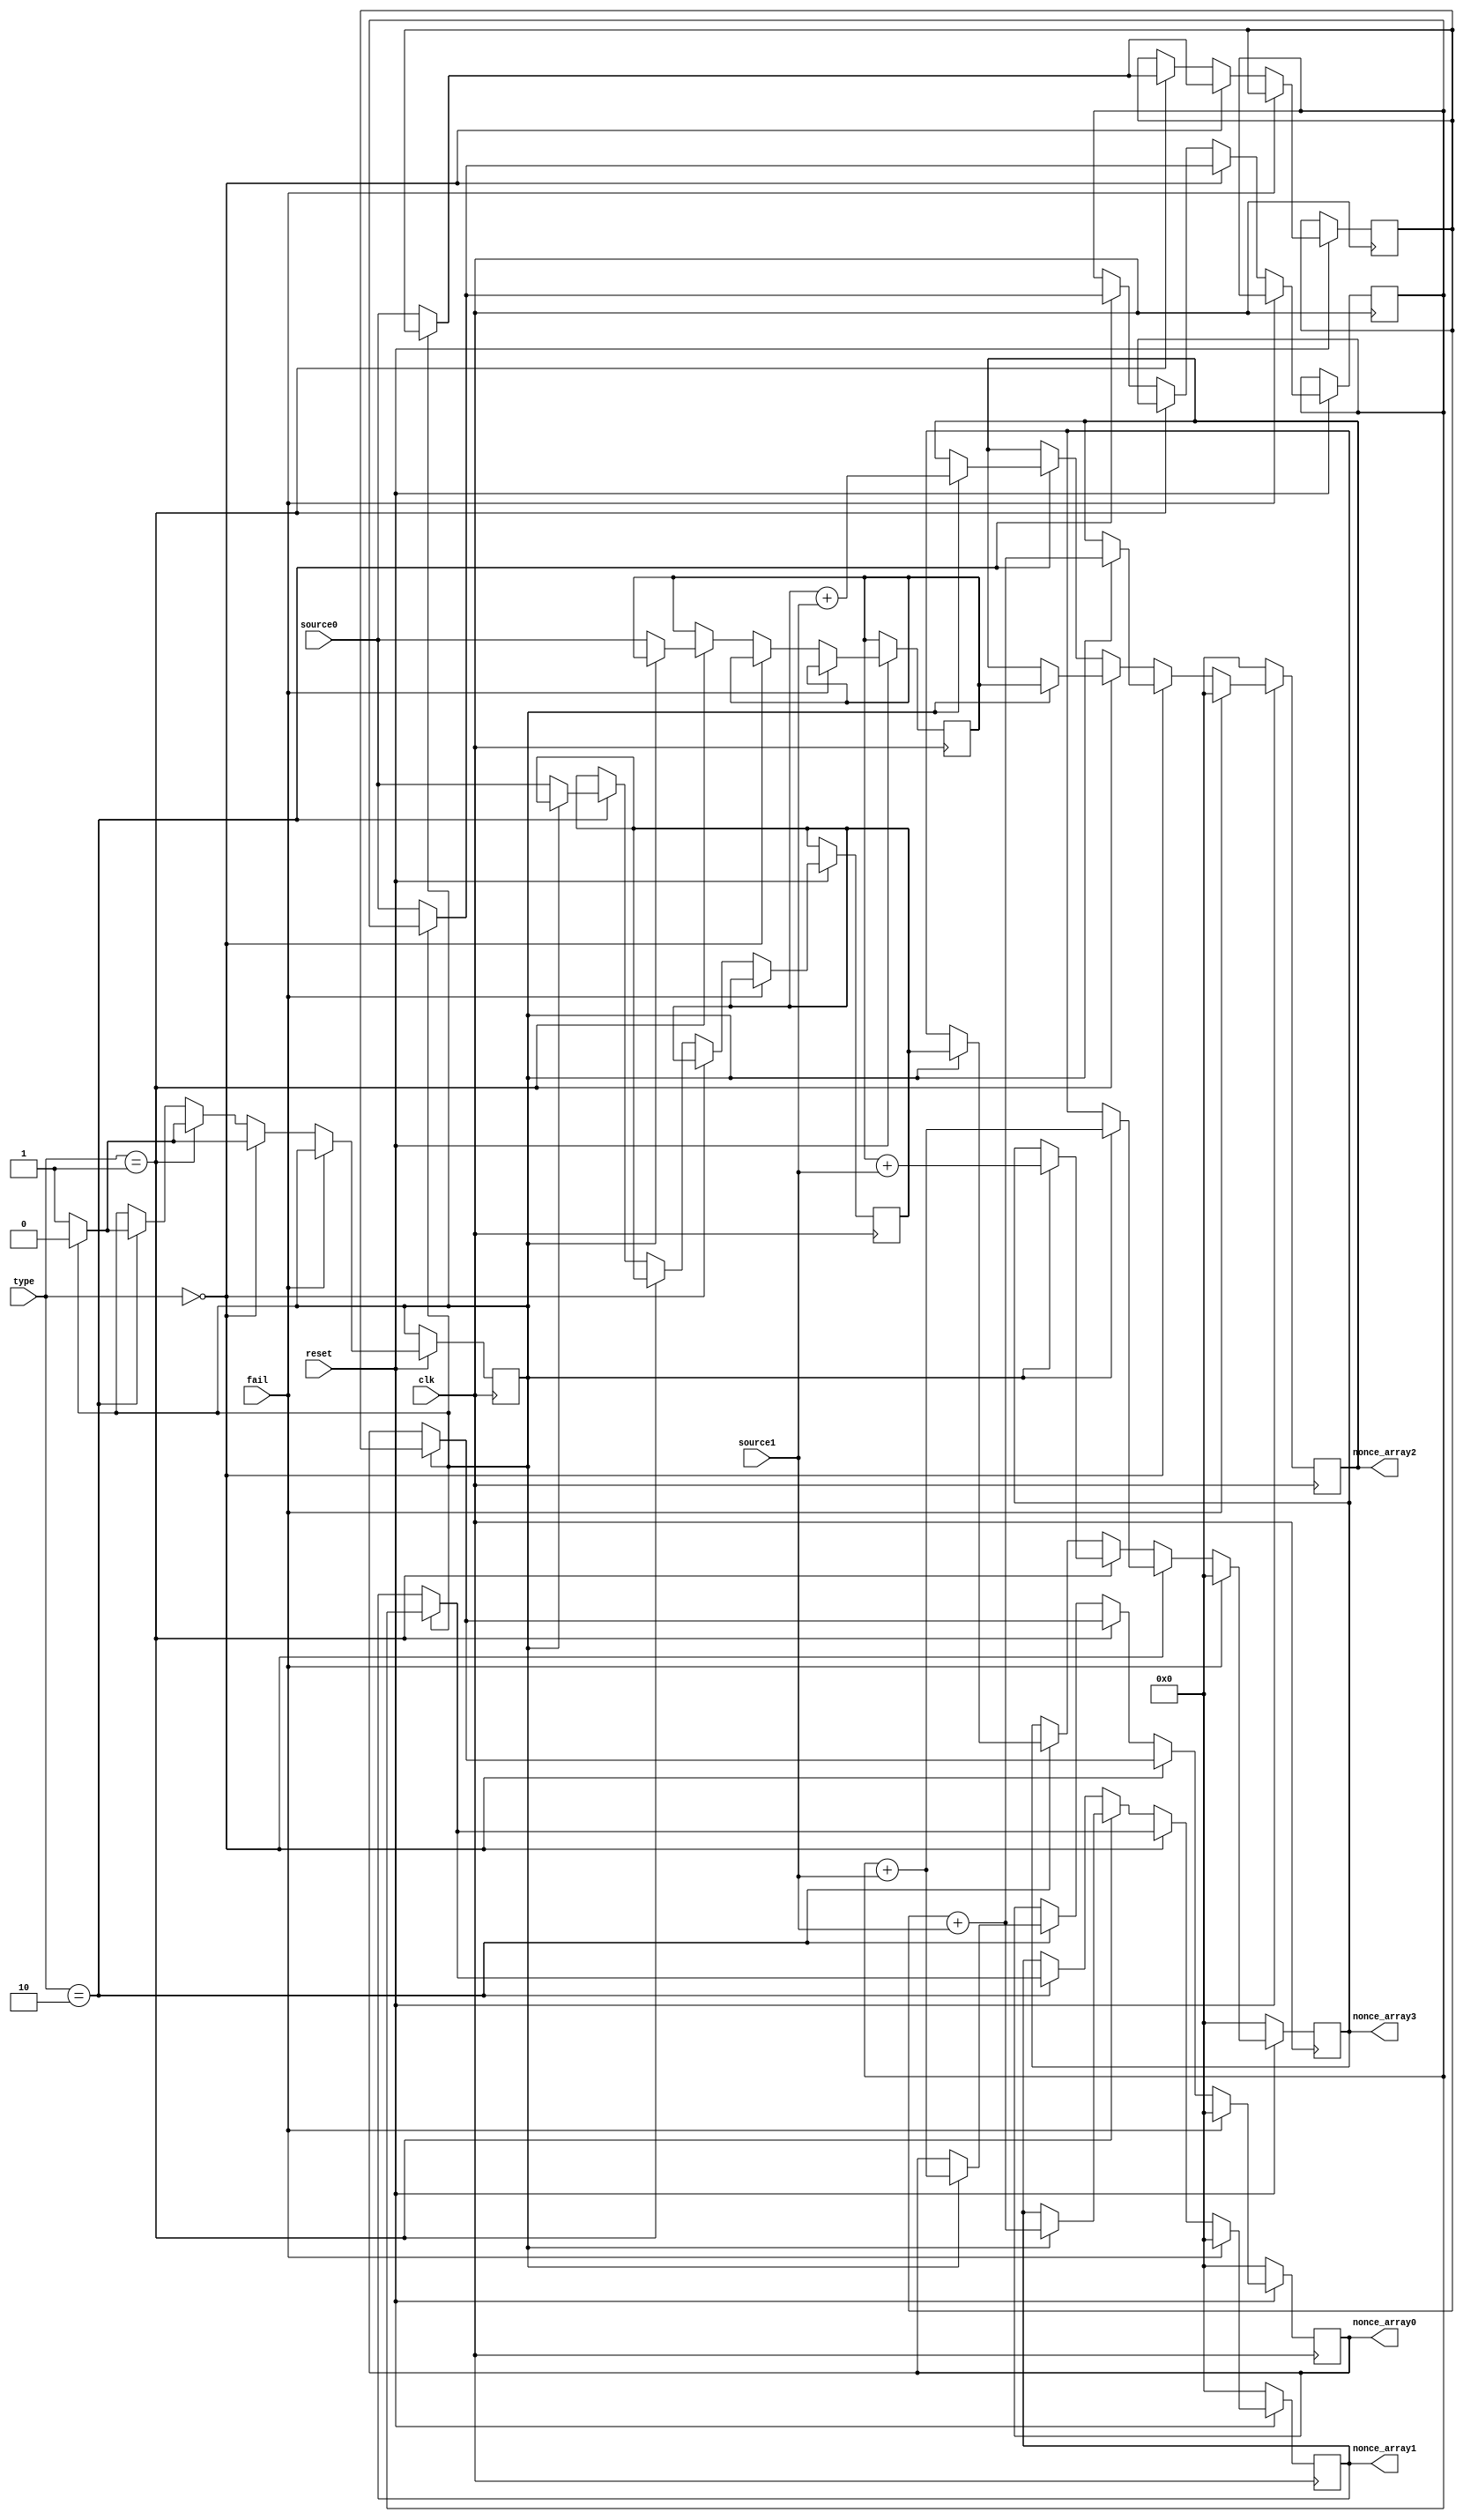

`ifndef nonce_gen
`define nonce_gen

module nonce_gen(
    input clk,
    input reset,
    input fail,

    input[7:0] source0,
    input[7:0] source1,
    input[1:0] type,

    output reg[7:0] nonce_array0,
    output reg[7:0] nonce_array1,
    output reg[7:0] nonce_array2,
    output reg[7:0] nonce_array3
);

    reg delay;
    reg[7:0] nonce_int_0, nonce_int_1, nonce_int_2, nonce_int_3;

    /* nonce results are only ready after two clocks */
    always @ (posedge clk) begin
        if(reset) begin
            if(~fail) begin
                case(1) 
                    type == 2'b00: begin
                        if(delay == 1)begin
                            nonce_array0 <= nonce_int_0;
                            nonce_array1 <= nonce_int_1;
                            nonce_array2 <= nonce_int_0 + source1; 
                            nonce_array3 <= nonce_int_1 + source1;
                            delay <= 0;
                        end else begin
                            nonce_int_0 <= source0;
                            nonce_int_1 <= source0;
                            delay <= 1;
                        end                     
                    end
                    type == 2'b01: begin
                        if(delay == 1)begin
                            nonce_array0 <= nonce_int_0;
                            nonce_array1 <= nonce_int_0 + source1;
                            nonce_array2 <= nonce_int_2; 
                            nonce_array3 <= nonce_int_2 + source1;
                            delay <= 0;
                        end else begin
                            nonce_int_0 <= source0;
                            nonce_int_2 <= source0;
                            delay <= 1;
                        end               
                    end
                    type == 2'b10: begin
                        if(delay == 1)begin
                            nonce_array0 <= nonce_int_1 + source1;
                            nonce_array1 <= nonce_int_1;
                            nonce_array2 <= nonce_int_3 + source1; 
                            nonce_array3 <= nonce_int_3;
                            delay <= 0;
                        end else begin
                            nonce_int_1 <= source0;
                            nonce_int_3 <= source0;
                            delay <= 1;
                        end                      
                    end
                endcase
            end else begin
                nonce_array0 <= 0;
                nonce_array1 <= 0;
                nonce_array2 <= 0;
                nonce_array3 <= 0;
            end
        end else begin
            nonce_array0 <= 0;
            nonce_array1 <= 0;
            nonce_array2 <= 0;
            nonce_array3 <= 0;
        end
    end
endmodule
 
`endif